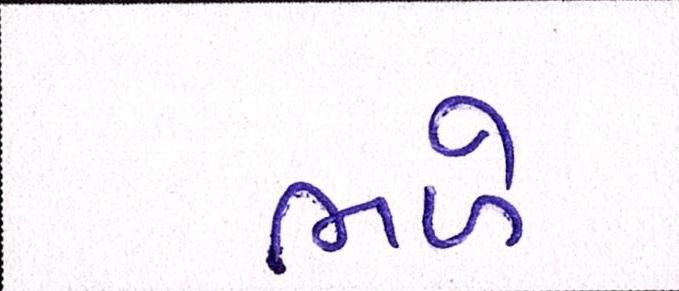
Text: ભળે